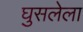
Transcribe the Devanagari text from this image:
घुसलेला